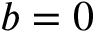
b = 0